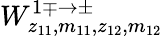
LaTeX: W_{z_{11},m_{11},z_{12},m_{12}}^{1\mp\rightarrow\pm}